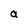
Character: a